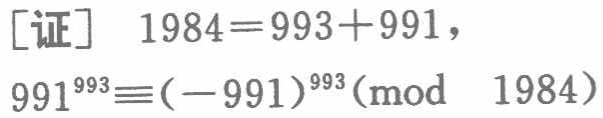
[证] \(1984 = 993 + 991\)，

\(991^{993}\equiv(-991)^{993}\pmod{1984}\)